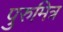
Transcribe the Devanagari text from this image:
पुरुमित्र